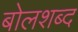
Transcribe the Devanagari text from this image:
बोलशब्द